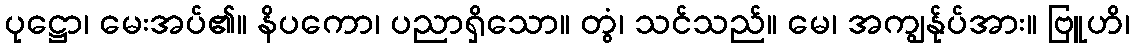
ပုဋ္ဌော၊ မေးအပ်၏။ နိပကော၊ ပညာရှိသော။ တွံ၊ သင်သည်။ မေ၊ အကျွန်ုပ်အား။ ဗြူဟိ၊